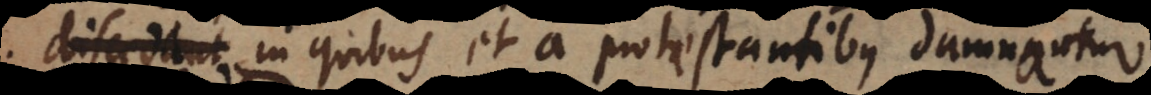
discedere in quibus et a protestantibus damnantur